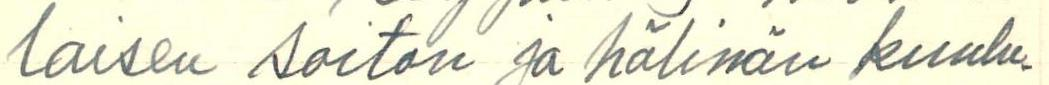
laisen soiton ja hälinän kuulu-